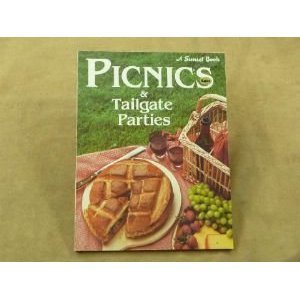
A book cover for Picnics and Tailgate Parties; Sunset; Cookbooks, Food & Wine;